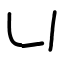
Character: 凵